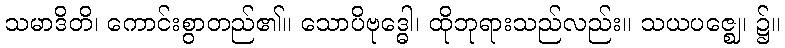
သမာဒိတိ၊ ကောင်းစွာတည်၏။ သောပိဗုဒ္ဓေါ၊ ထိုဘုရားသည်လည်း။ သယပဇ္ဈေ၊ ၌။